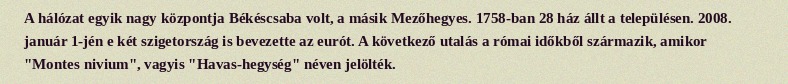
A hálózat egyik nagy központja Békéscsaba volt, a másik Mezőhegyes. 1758-ban 28 ház állt a településen. 2008. január 1-jén e két szigetország is bevezette az eurót. A következő utalás a római időkből származik, amikor "Montes nivium", vagyis "Havas-hegység" néven jelölték.